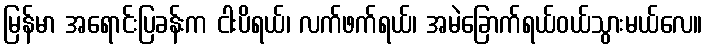
မြန်မာ အရောင်းပြခန်းက ငါးပိရယ်၊ လက်ဖက်ရယ်၊ အမဲခြောက်ရယ်ဝယ်သွားမယ်လေ။